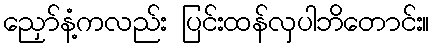
ညှော်နံ့ကလည်း ပြင်းထန်လှပါဘိတောင်း။